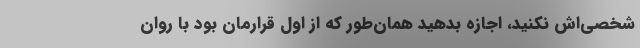
شخصی‌اش نکنید، اجازه بدهید همان‌طور که از اول قرارمان بود با روان